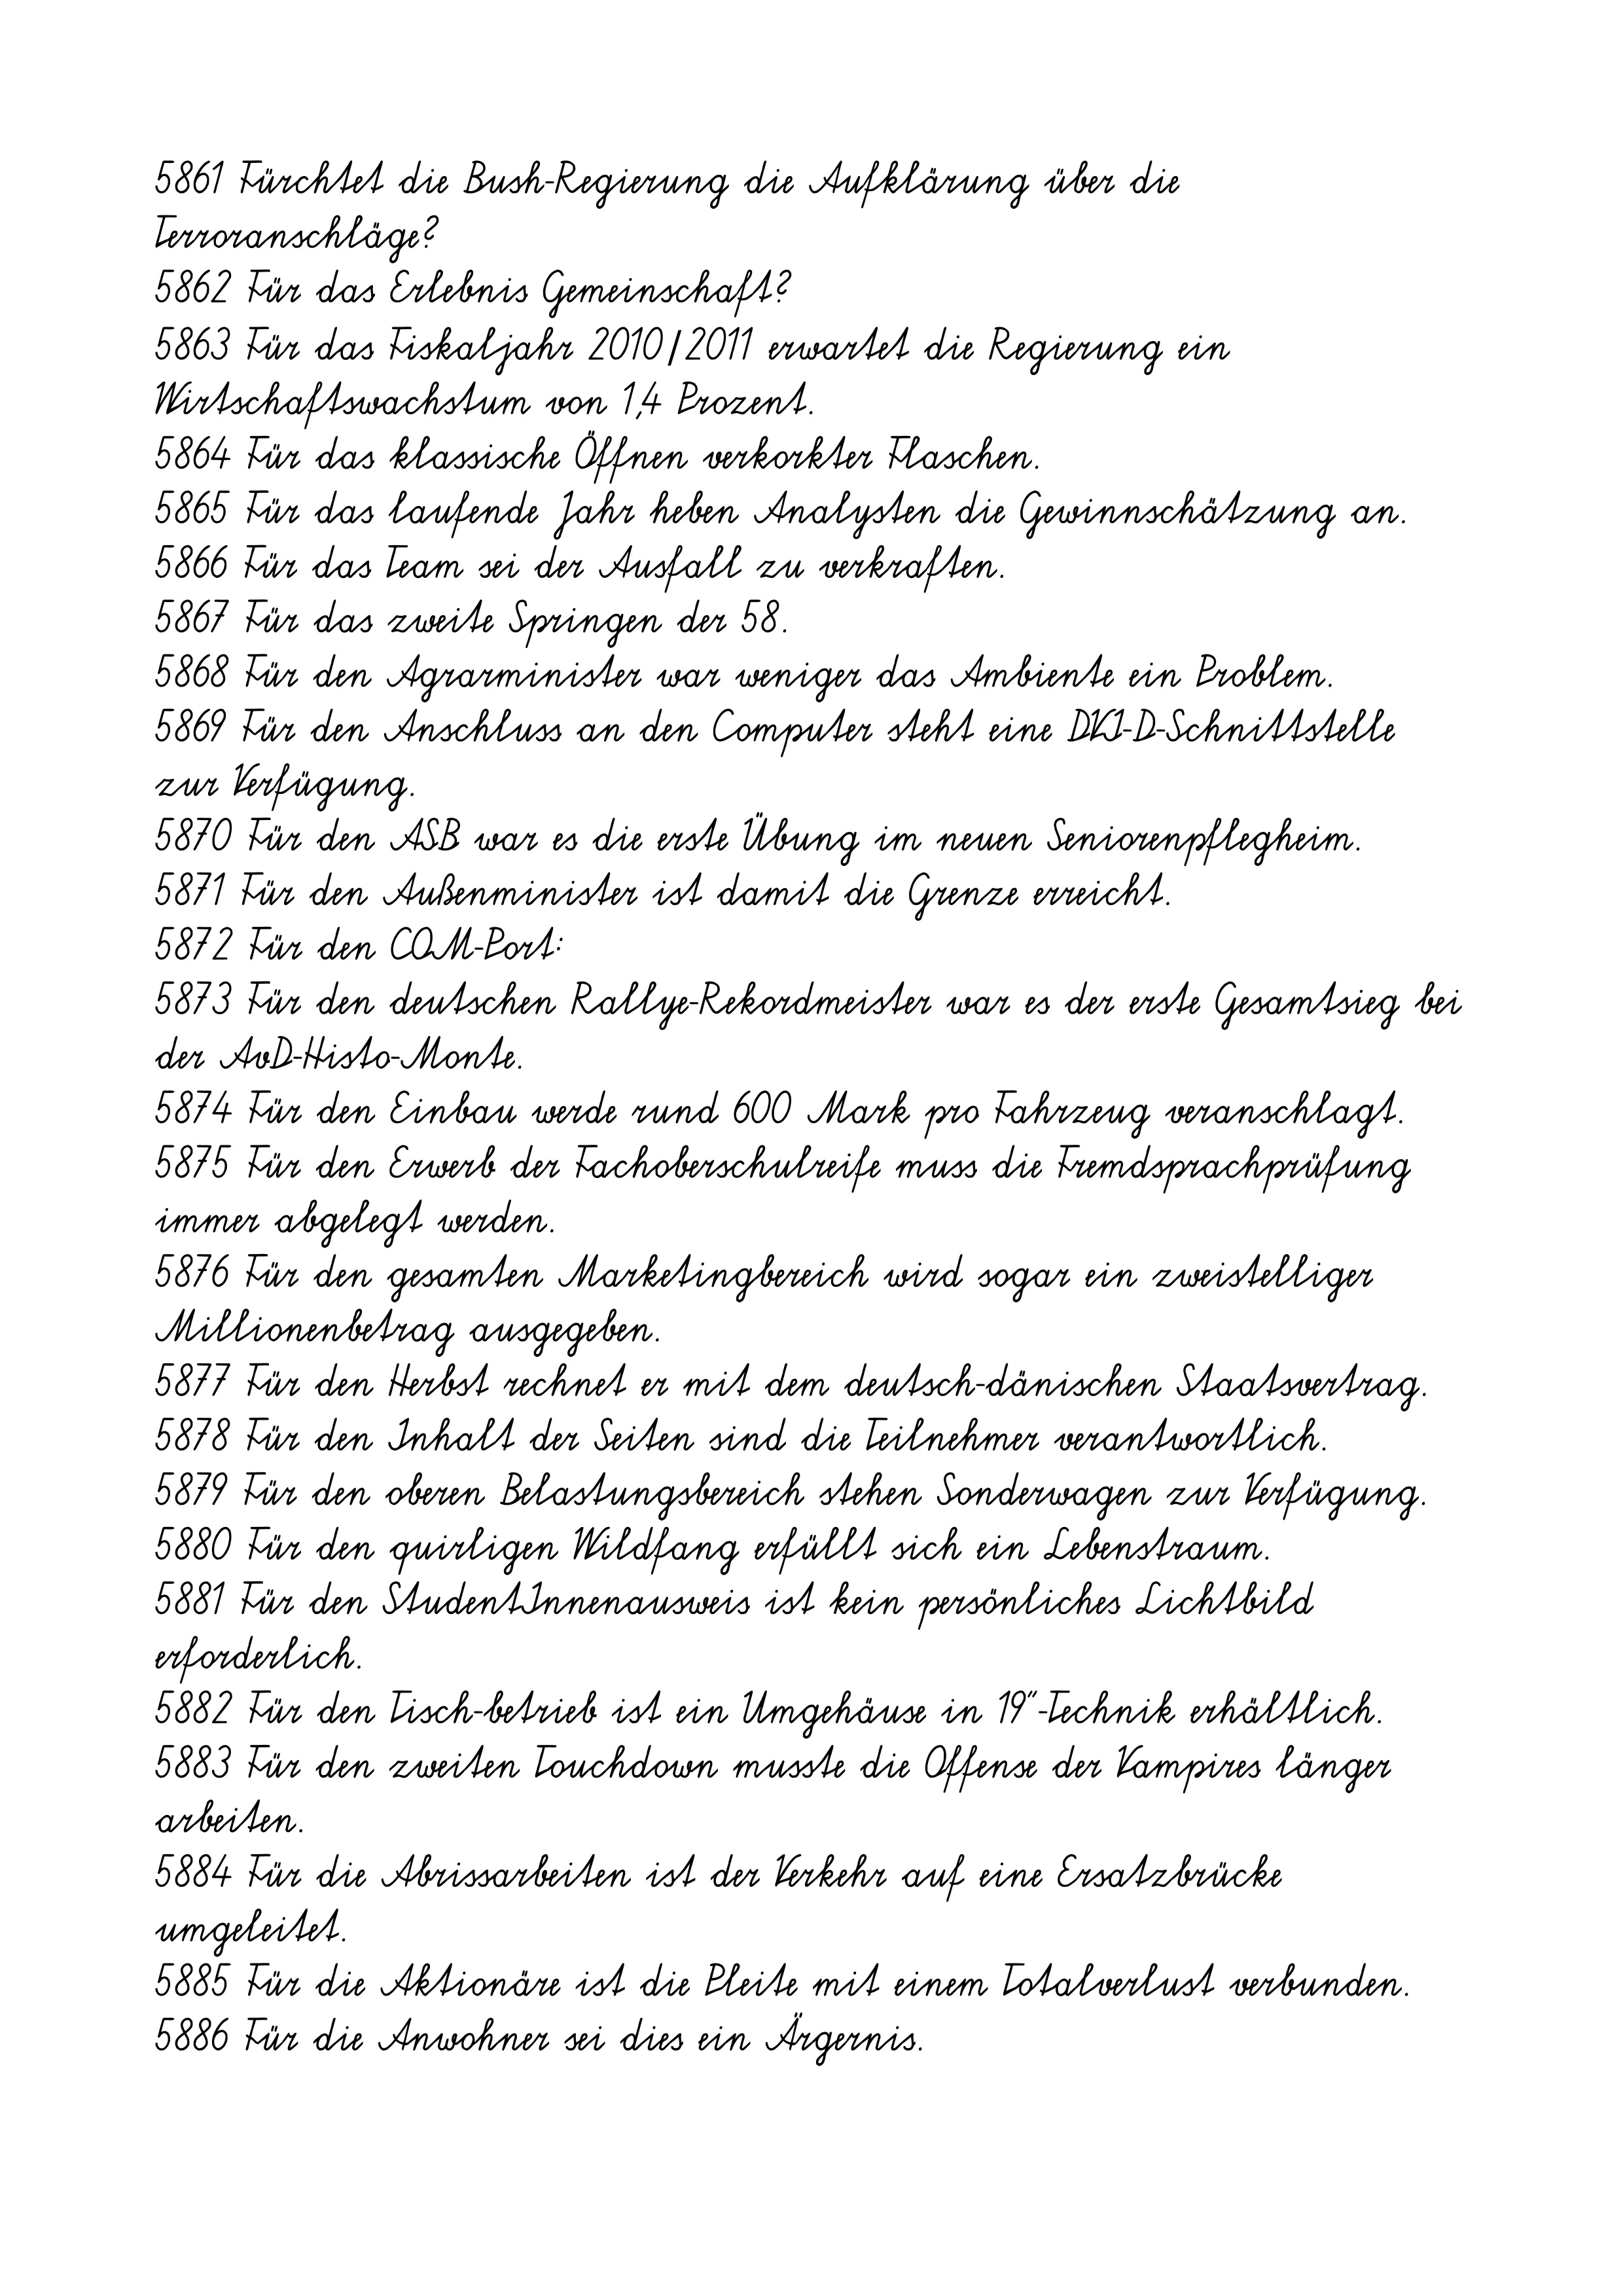
5861 Fürchtet die Bush-Regierung die Aufklärung über die
Terroranschläge?
5862 Für das Erlebnis Gemeinschaft?
5863 Für das Fiskaljahr 2010/2011 erwartet die Regierung ein
Wirtschaftswachstum von 1,4 Prozent.
5864 Für das klassische Öffnen verkorkter Flaschen.
5865 Für das laufende Jahr heben Analysten die Gewinnschätzung an.
5866 Für das Team sei der Ausfall zu verkraften.
5867 Für das zweite Springen der 58.
5868 Für den Agrarminister war weniger das Ambiente ein Problem.
5869 Für den Anschluss an den Computer steht eine DVI-D-Schnittstelle
zur Verfügung.
5870 Für den ASB war es die erste Übung im neuen Seniorenpflegheim.
5871 Für den Außenminister ist damit die Grenze erreicht.
5872 Für den COM-Port:
5873 Für den deutschen Rallye-Rekordmeister war es der erste Gesamtsieg bei
der AvD-Histo-Monte.
5874 Für den Einbau werde rund 600 Mark pro Fahrzeug veranschlagt.
5875 Für den Erwerb der Fachoberschulreife muss die Fremdsprachprüfung
immer abgelegt werden.
5876 Für den gesamten Marketingbereich wird sogar ein zweistelliger
Millionenbetrag ausgegeben.
5877 Für den Herbst rechnet er mit dem deutsch-dänischen Staatsvertrag.
5878 Für den Inhalt der Seiten sind die Teilnehmer verantwortlich.
5879 Für den oberen Belastungsbereich stehen Sonderwagen zur Verfügung.
5880 Für den quirligen Wildfang erfüllt sich ein Lebenstraum.
5881 Für den StudentInnenausweis ist kein persönliches Lichtbild
erforderlich.
5882 Für den Tisch-betrieb ist ein Umgehäuse in 19"-Technik erhältlich.
5883 Für den zweiten Touchdown musste die Offense der Vampires länger
arbeiten.
5884 Für die Abrissarbeiten ist der Verkehr auf eine Ersatzbrücke
umgeleitet.
5885 Für die Aktionäre ist die Pleite mit einem Totalverlust verbunden.
5886 Für die Anwohner sei dies ein Ärgernis.